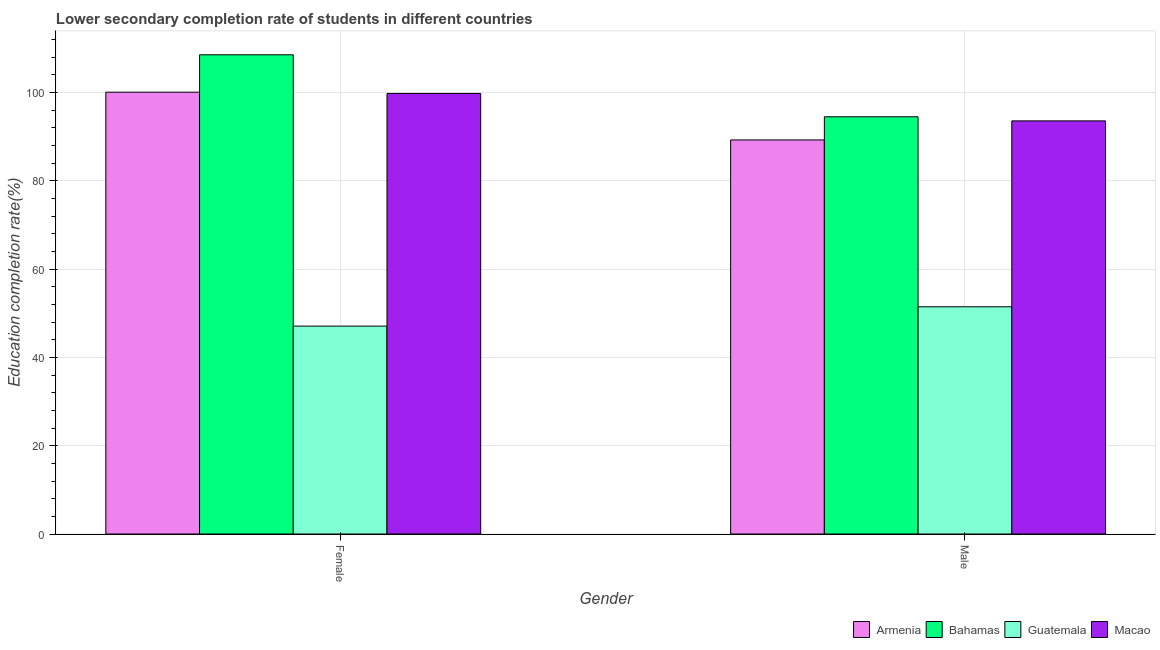
| Gender | Armenia | Bahamas | Guatemala | Macao |
 | --- | --- | --- | --- | --- |
 | Female | 100 | 109 | 47.1 | 99.7 |
 | Male | 89.2 | 94.5 | 51.4 | 93.5 |